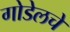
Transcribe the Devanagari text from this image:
गोडेलचे